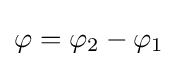
\varphi =\varphi _{2}-\varphi _{1}